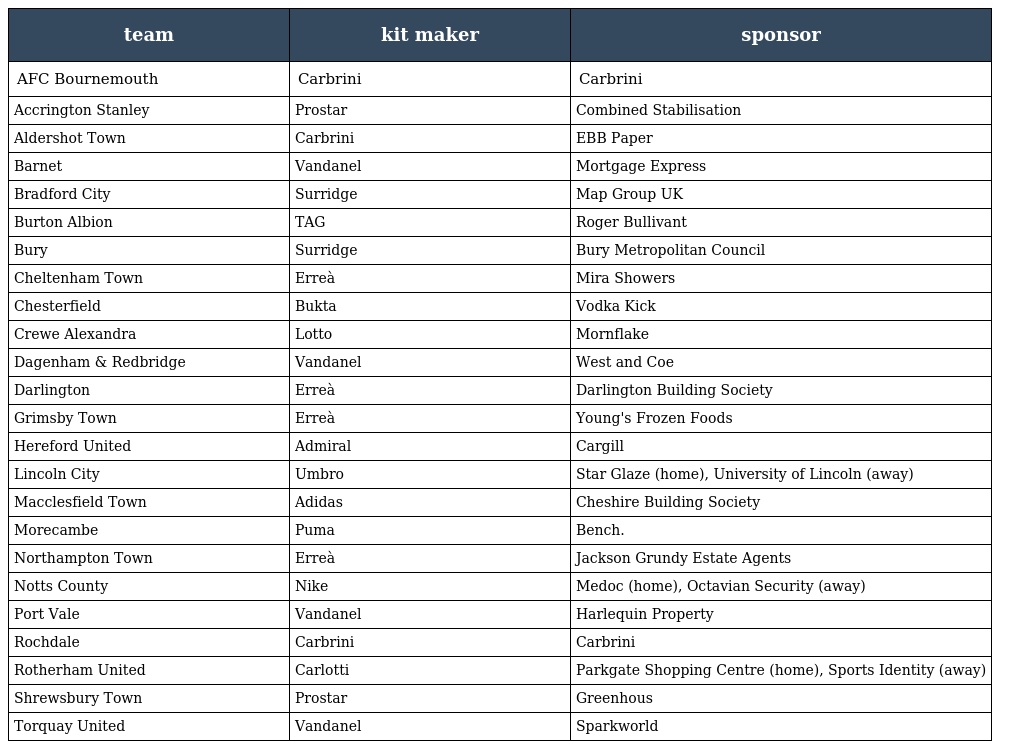
| team | kit maker | sponsor |
 | --- | --- | --- |
 | AFC Bournemouth | Carbrini | Carbrini |
 | Accrington Stanley | Prostar | Combined Stabilisation |
 | Aldershot Town | Carbrini | EBB Paper |
 | Barnet | Vandanel | Mortgage Express |
 | Bradford City | Surridge | Map Group UK |
 | Burton Albion | TAG | Roger Bullivant |
 | Bury | Surridge | Bury Metropolitan Council |
 | Cheltenham Town | Erreà | Mira Showers |
 | Chesterfield | Bukta | Vodka Kick |
 | Crewe Alexandra | Lotto | Mornflake |
 | Dagenham & Redbridge | Vandanel | West and Coe |
 | Darlington | Erreà | Darlington Building Society |
 | Grimsby Town | Erreà | Young's Frozen Foods |
 | Hereford United | Admiral | Cargill |
 | Lincoln City | Umbro | Star Glaze (home), University of Lincoln (away) |
 | Macclesfield Town | Adidas | Cheshire Building Society |
 | Morecambe | Puma | Bench. |
 | Northampton Town | Erreà | Jackson Grundy Estate Agents |
 | Notts County | Nike | Medoc (home), Octavian Security (away) |
 | Port Vale | Vandanel | Harlequin Property |
 | Rochdale | Carbrini | Carbrini |
 | Rotherham United | Carlotti | Parkgate Shopping Centre (home), Sports Identity (away) |
 | Shrewsbury Town | Prostar | Greenhous |
 | Torquay United | Vandanel | Sparkworld |